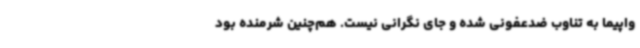
واپیما به تناوب ضدعفونی شده و جای نگرانی نیست. هم‌چنین شرمنده بود